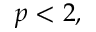
p < 2 ,